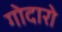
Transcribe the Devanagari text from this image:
गोदारो